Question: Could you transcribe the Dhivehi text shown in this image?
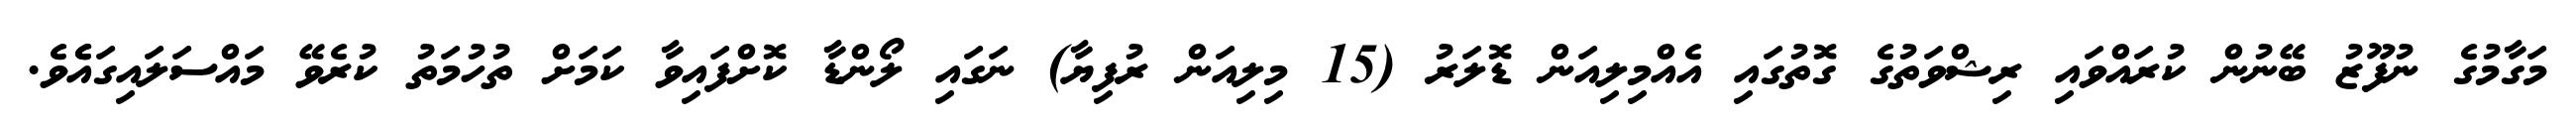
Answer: މަގާމުގެ ނުފޫޒު ބޭނުން ކުރައްވައި ރިޝްވަތުގެ ގޮތުގައި އެއްމިލިއަން ޑޮލަރު (15 މިލިއަން ރުފިޔާ) ނަގައި ލޯންޑާ ކޮށްފައިވާ ކަމަށް ތުހުމަތު ކުރެވޭ މައްސަލައިގައެެވެ.